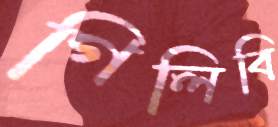
গিলিবি